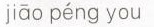
jiāo péng you